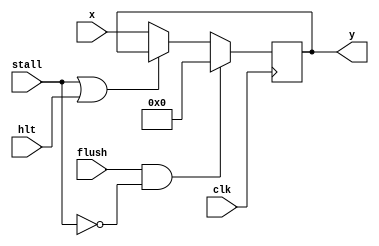
module flop(stall, x, y, flush,clk, hlt);  //16bit flip_flop with stall
input stall, flush,clk,hlt;
input [15:0] x;
output reg [15:0]y;

always @(posedge clk)begin
if(flush&&(~stall))
y<=0;

else if(stall||hlt)
y<=y;



else
y<=x;

end
endmodule